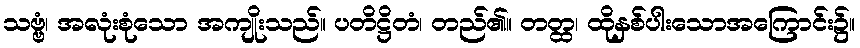
သဗ္ဗံ၊ အလုံးစုံသော အကျိုးသည်။ ပတိဋ္ဌိတံ၊ တည်၏။ တတ္ထ၊ ထိုနှစ်ပါးသောအကြောင်း၌။